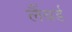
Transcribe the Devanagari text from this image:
लैंबर्ड